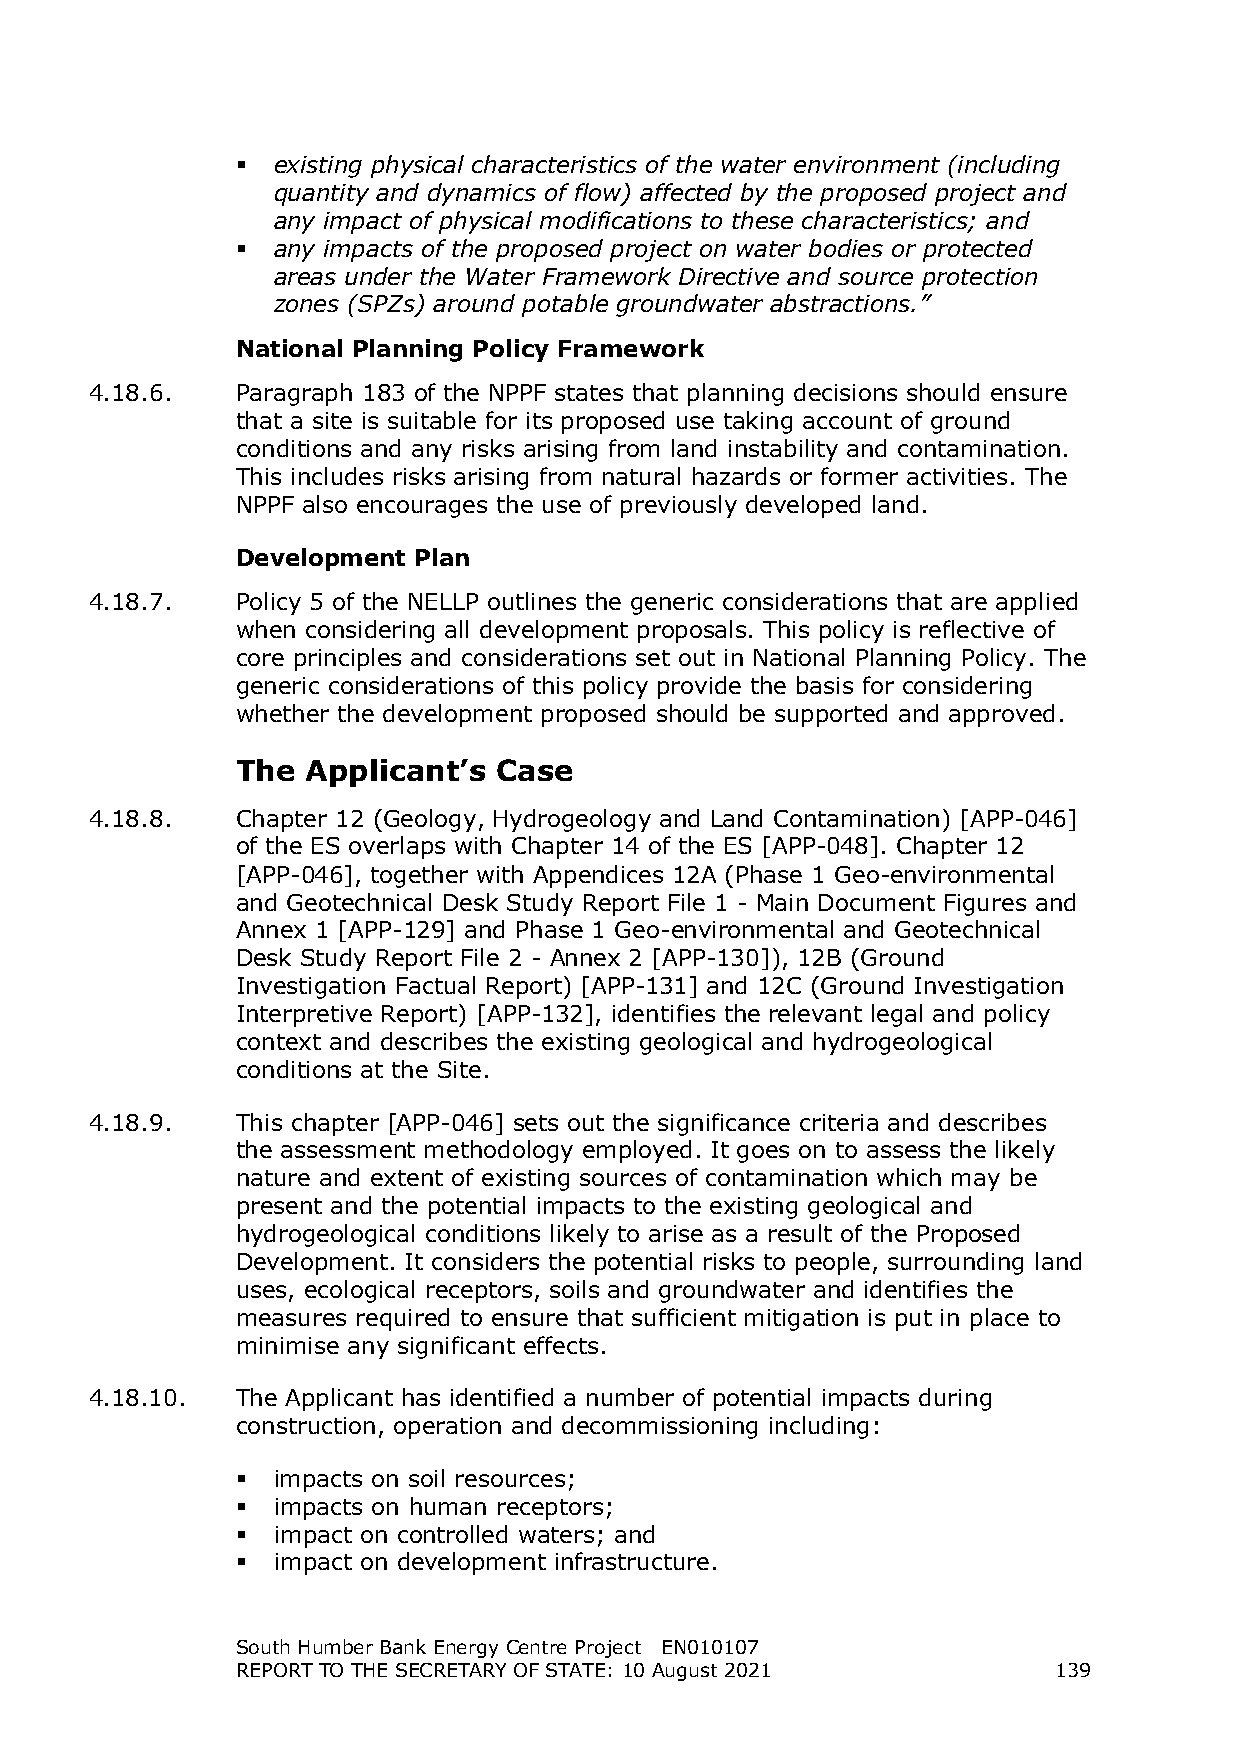
 existing physical characteristics of the water environment (including
 quantity and dynamics of flow) affected by the proposed project and
 any impact of physical modifications to these characteristics; and
  any impacts of the proposed project on water bodies or protected
 areas under the Water Framework Directive and source protection
 zones (SPZs) around potable groundwater abstractions.”
 National Planning Policy Framework
 4.18.6.   Paragraph 183 of the NPPF states that planning decisions should ensure
 that a site is suitable for its proposed use taking account of ground
 conditions and any risks arising from land instability and contamination.
 This includes risks arising from natural hazards or former activities. The
 NPPF also encourages the use of previously developed land.
 Development Plan
 4.18.7.   Policy 5 of the NELLP outlines the generic considerations that are applied
 when considering all development proposals. This policy is reflective of
 core principles and considerations set out in National Planning Policy. The
 generic considerations of this policy provide the basis for considering
 whether the development proposed should be supported and approved.
 The Applicant’s  Case
 4.18.8.   Chapter 12 (Geology, Hydrogeology and Land Contamination) [APP-046]
 of the ES overlaps with Chapter 14 of the ES [APP-048]. Chapter 12
 [APP-046], together with Appendices 12A (Phase 1 Geo-environmental
 and Geotechnical Desk Study Report File 1 - Main Document Figures and
 Annex 1 [APP-129] and Phase 1 Geo-environmental and Geotechnical
 Desk Study Report File 2 - Annex 2 [APP-130]), 12B (Ground
 Investigation Factual Report) [APP-131] and 12C (Ground Investigation
 Interpretive Report) [APP-132], identifies the relevant legal and policy
 context and describes the existing geological and hydrogeological
 conditions at the Site.
 4.18.9.   This chapter [APP-046] sets out the significance criteria and describes
 the assessment methodology employed. It goes on to assess the likely
 nature and extent of existing sources of contamination which may be
 present and the potential impacts to the existing geological and
 hydrogeological conditions likely to arise as a result of the Proposed
 Development. It considers the potential risks to people, surrounding land
 uses, ecological receptors, soils and groundwater and identifies the
 measures required to ensure that sufficient mitigation is put in place to
 minimise any significant effects.
 4.18.10.  The Applicant has identified a number of potential impacts during
 construction, operation and decommissioning including:
  impacts on soil resources;
  impacts on human receptors;
  impact on controlled waters; and
  impact on development infrastructure.
 South Humber Bank Energy Centre Project EN010107
 REPORT TO THE SECRETARY OF STATE: 10 August 2021      139